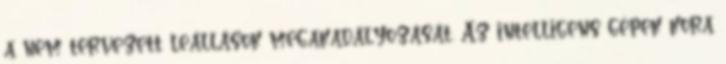
a nem tervezett leállások megakadályozását. Az intelligens gépek kora